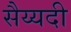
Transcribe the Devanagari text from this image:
सैय्यदी